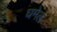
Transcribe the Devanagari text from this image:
घमेलं